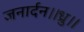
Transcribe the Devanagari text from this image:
जनार्दन।।ध्रु।।